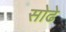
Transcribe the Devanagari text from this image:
सोढे